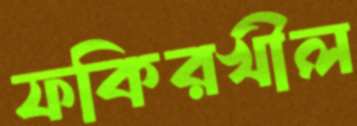
ফকিরখীল